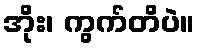
အိုး၊ ကွက်တိပဲ။